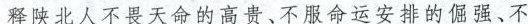
释陕北人不畏天命的高贵、不服命运安排的倔强、不